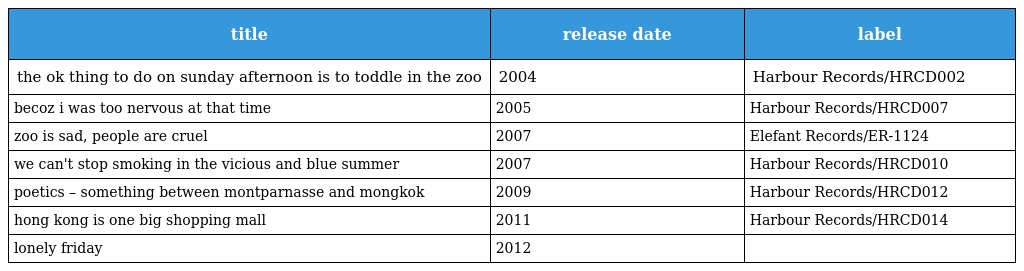
| title | release date | label |
 | --- | --- | --- |
 | the ok thing to do on sunday afternoon is to toddle in the zoo | 2004 | Harbour Records/HRCD002 |
 | becoz i was too nervous at that time | 2005 | Harbour Records/HRCD007 |
 | zoo is sad, people are cruel | 2007 | Elefant Records/ER-1124 |
 | we can't stop smoking in the vicious and blue summer | 2007 | Harbour Records/HRCD010 |
 | poetics – something between montparnasse and mongkok | 2009 | Harbour Records/HRCD012 |
 | hong kong is one big shopping mall | 2011 | Harbour Records/HRCD014 |
 | lonely friday | 2012 |  |